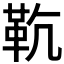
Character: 𩉳